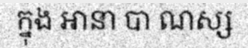
ក្នុង ឤនា បា ណស្ស